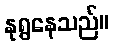
နုရွနေသည်။